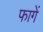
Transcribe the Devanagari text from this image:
फागें